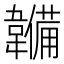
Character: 𮧳